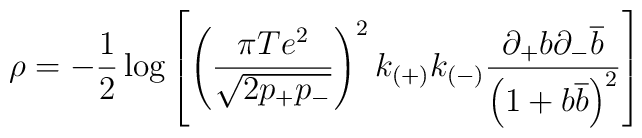
\rho =-\frac{1}{2}\log \left[ \left( \frac{\pi Te^{2}}{\sqrt{2p_{+}p_{-}}}\right) ^{2}k_{(+)}k_{(-)}\frac{\partial _{+}b\partial _{-}\overline{b}}{\left( 1+b\overline{b}\right) ^{2}}\right]